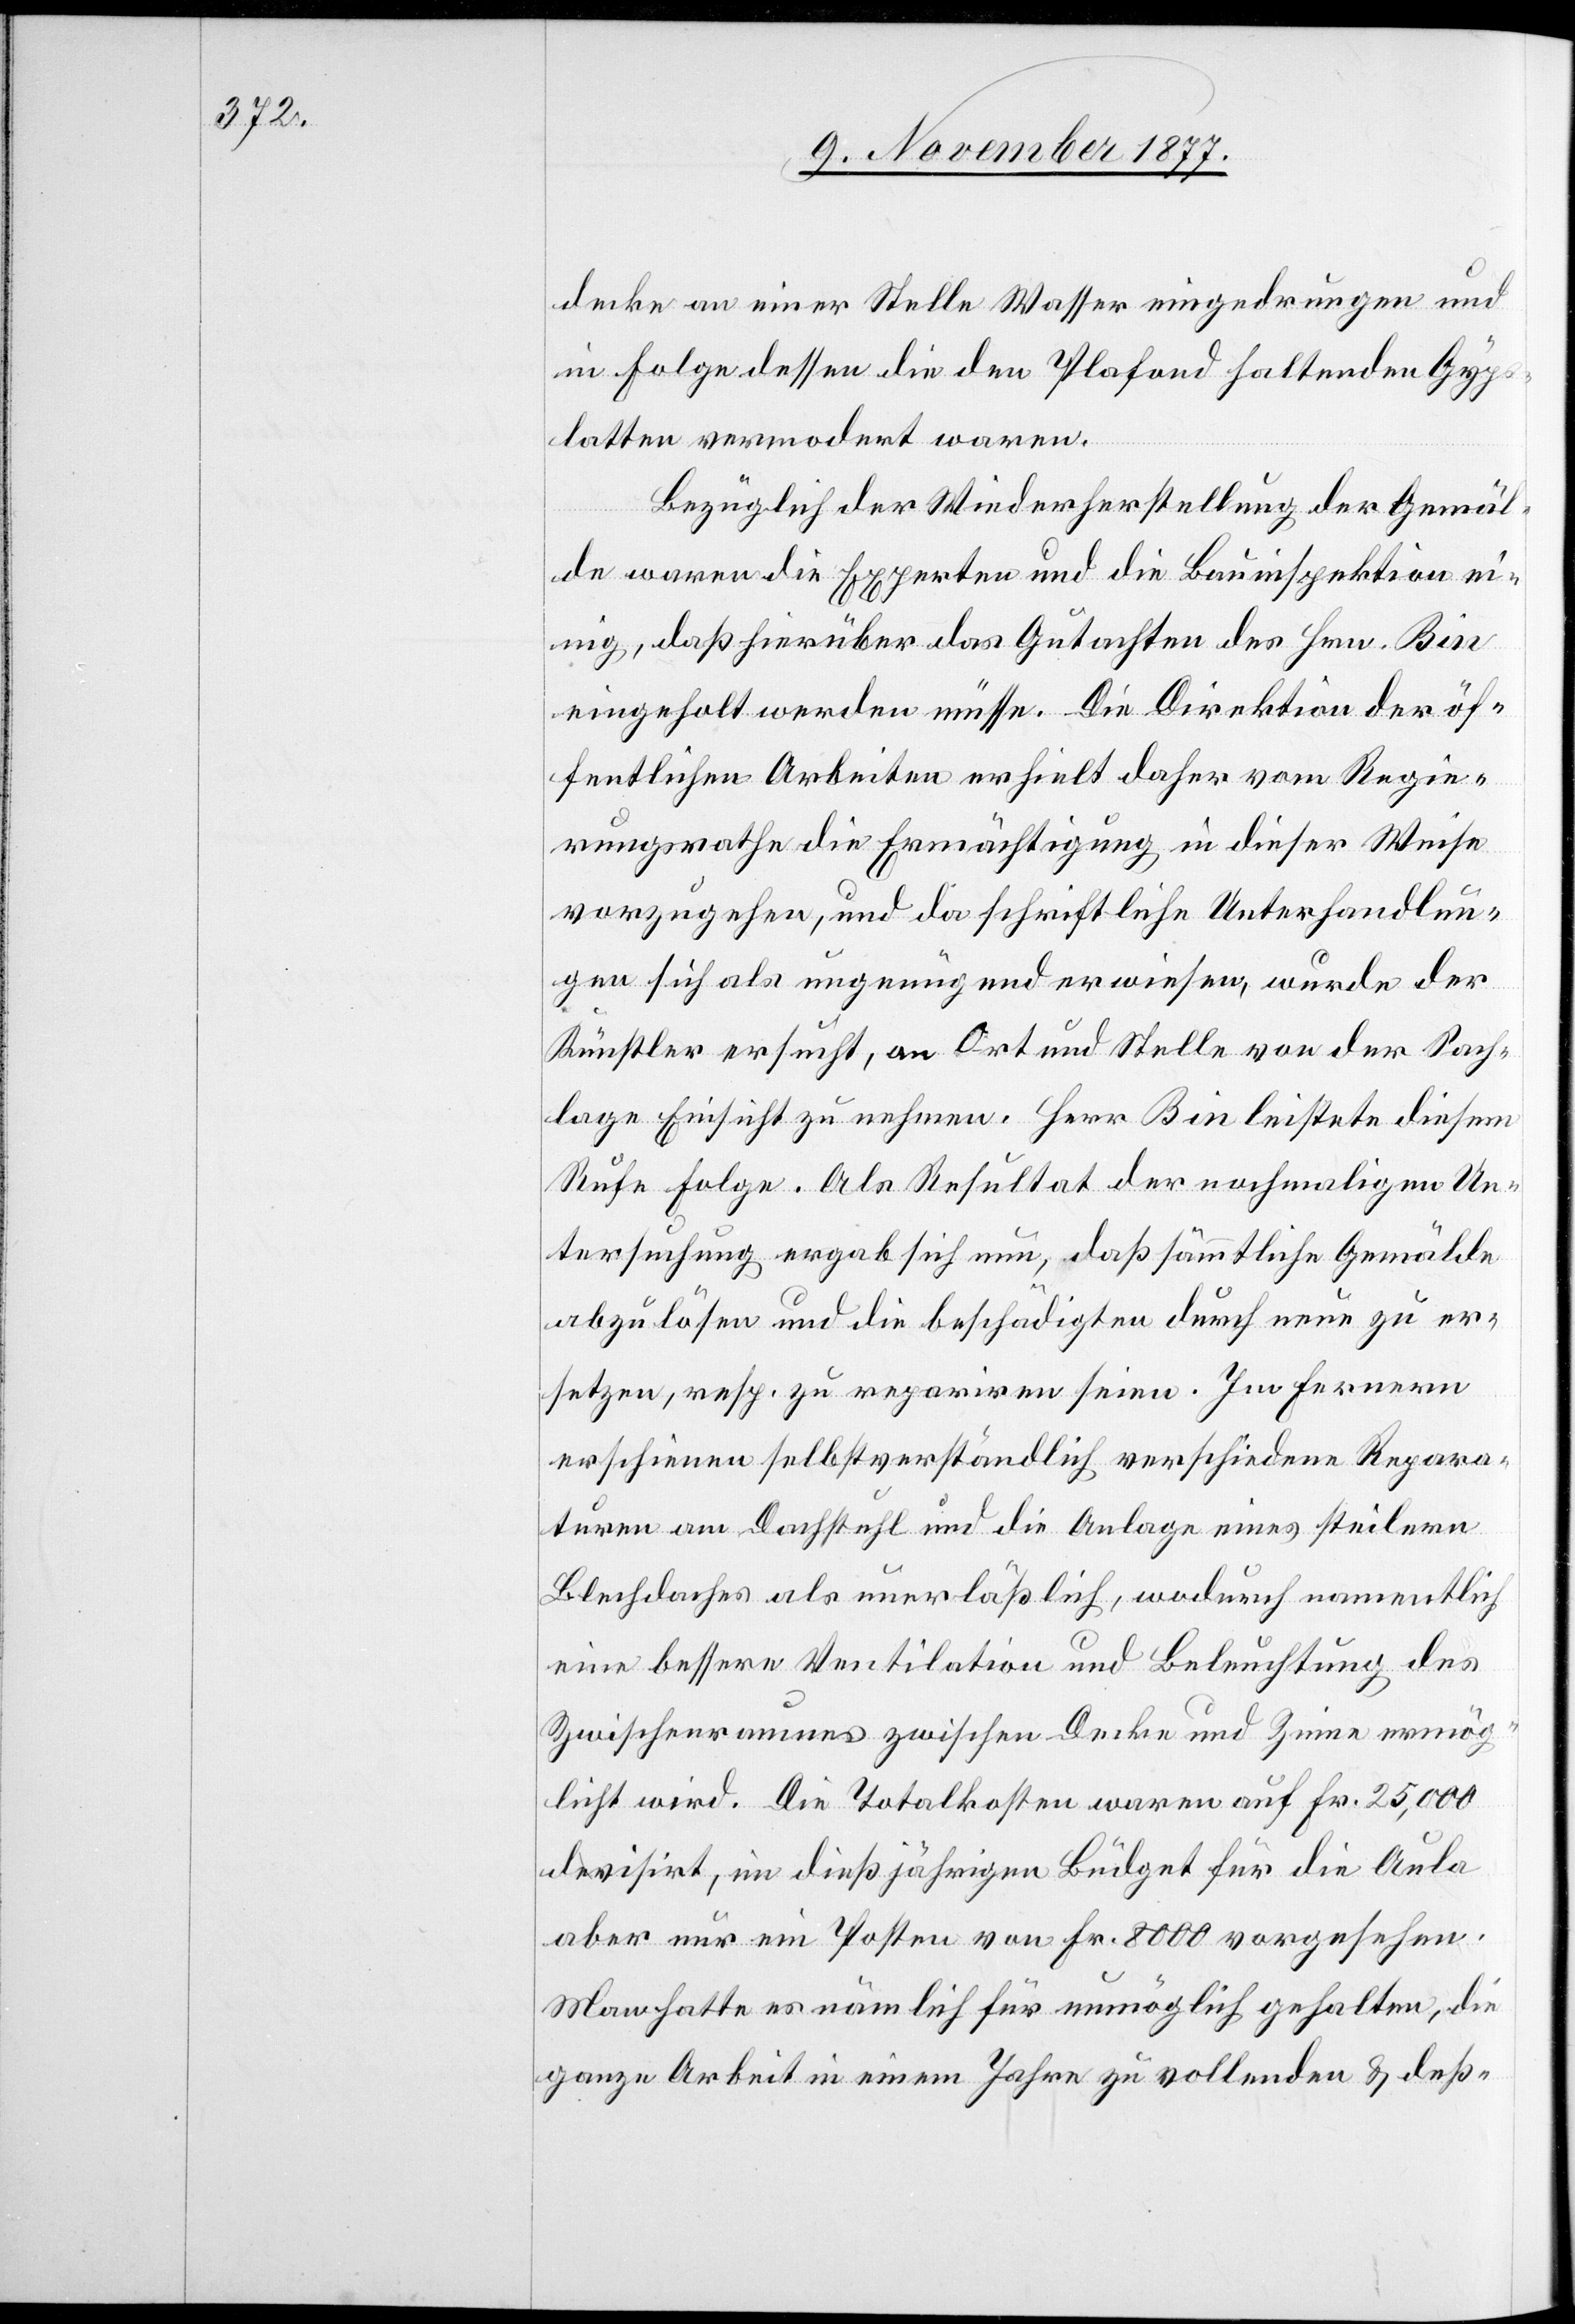
decke an einer Stelle Wasser eingedrungen und
in Folge dessen die den Plafond haltenden Gyp¬
slatten vermodert waren.
Bezüglich der Wiederherstellung der Gemäl¬
de waren die Experten und die Bauinspektion ei¬
nig, daß hierüber das Gutachten des Hrn. Bin
eingeholt werden müsse. Die Direktion der öf¬
fentlichen Arbeiten erhielt daher vom Regie¬
rungsrathe die Ermächtigung in dieser Weise
vorzugehen, und da schriftliche Unterhandlun¬
gen sich als ungenügend erwiesen, wurde der
Künstler ersucht, an Ort und Stelle von der Sach¬
lage Einsicht zu nehmen. Herr Bin leistete diesem
Rufe Folge. Als Resultat der nochmaligen Un¬
tersuchung ergab sich nun, daß sämmtliche Gemälde
abzulösen und die beschädigten durch neue zu er¬
setzen, resp. zu repariren seien. Im Fernern
erschienen selbstverständlich verschiedene Repara¬
turen am Dachstuhl und die Anlage eines steilern
Blechdaches als unerläßlich, wodurch namentlich
eine bessere Ventilation und Beleuchtung des
Zwischenraumes zwischen Decke und Zinne ermög¬
licht wird. die Totalkosten waren auf Fr. 25,000
devisirt, im dießjährigen Büdget für die Aula
aber nur ein Poste von Fr. 8000 vorgesehen.
Man hatte es nämlich für unmöglich gehalten, die
ganze Arbeit in einem Jahre zu vollenden & deß-